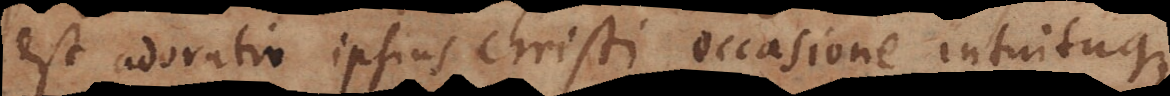
est adoratio ipsius Christi occasione intuituque